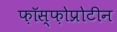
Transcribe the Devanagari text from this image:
फ़ॉस्फ़ोप्रोटीन